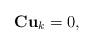
LaTeX: \begin{align*}{\bf C} {\bf u}_k =0,\end{align*}